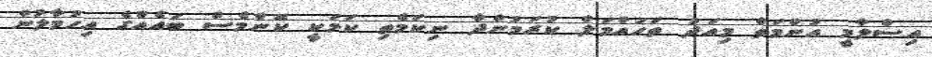
އިސްލާމީ އުންމަތް މިއަދު ތަހައްމަލް ކުރަމުންދާ ނިކަމެތި ކަމަކީ ކޮންމެސް ބައެއްގެ އިހުމާލުން